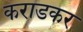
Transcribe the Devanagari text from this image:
कराडकर